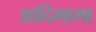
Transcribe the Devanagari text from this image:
आदिभामा